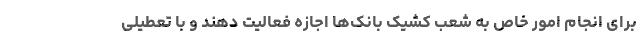
برای انجام امور خاص به شعب کشیک بانک‌ها اجازه فعالیت دهند و با تعطیلی